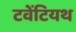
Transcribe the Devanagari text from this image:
टवेंटियथ